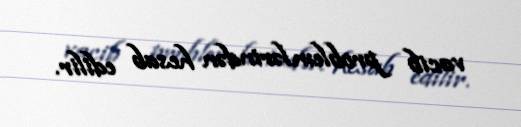
vacib problemlərindən hesab edilir.